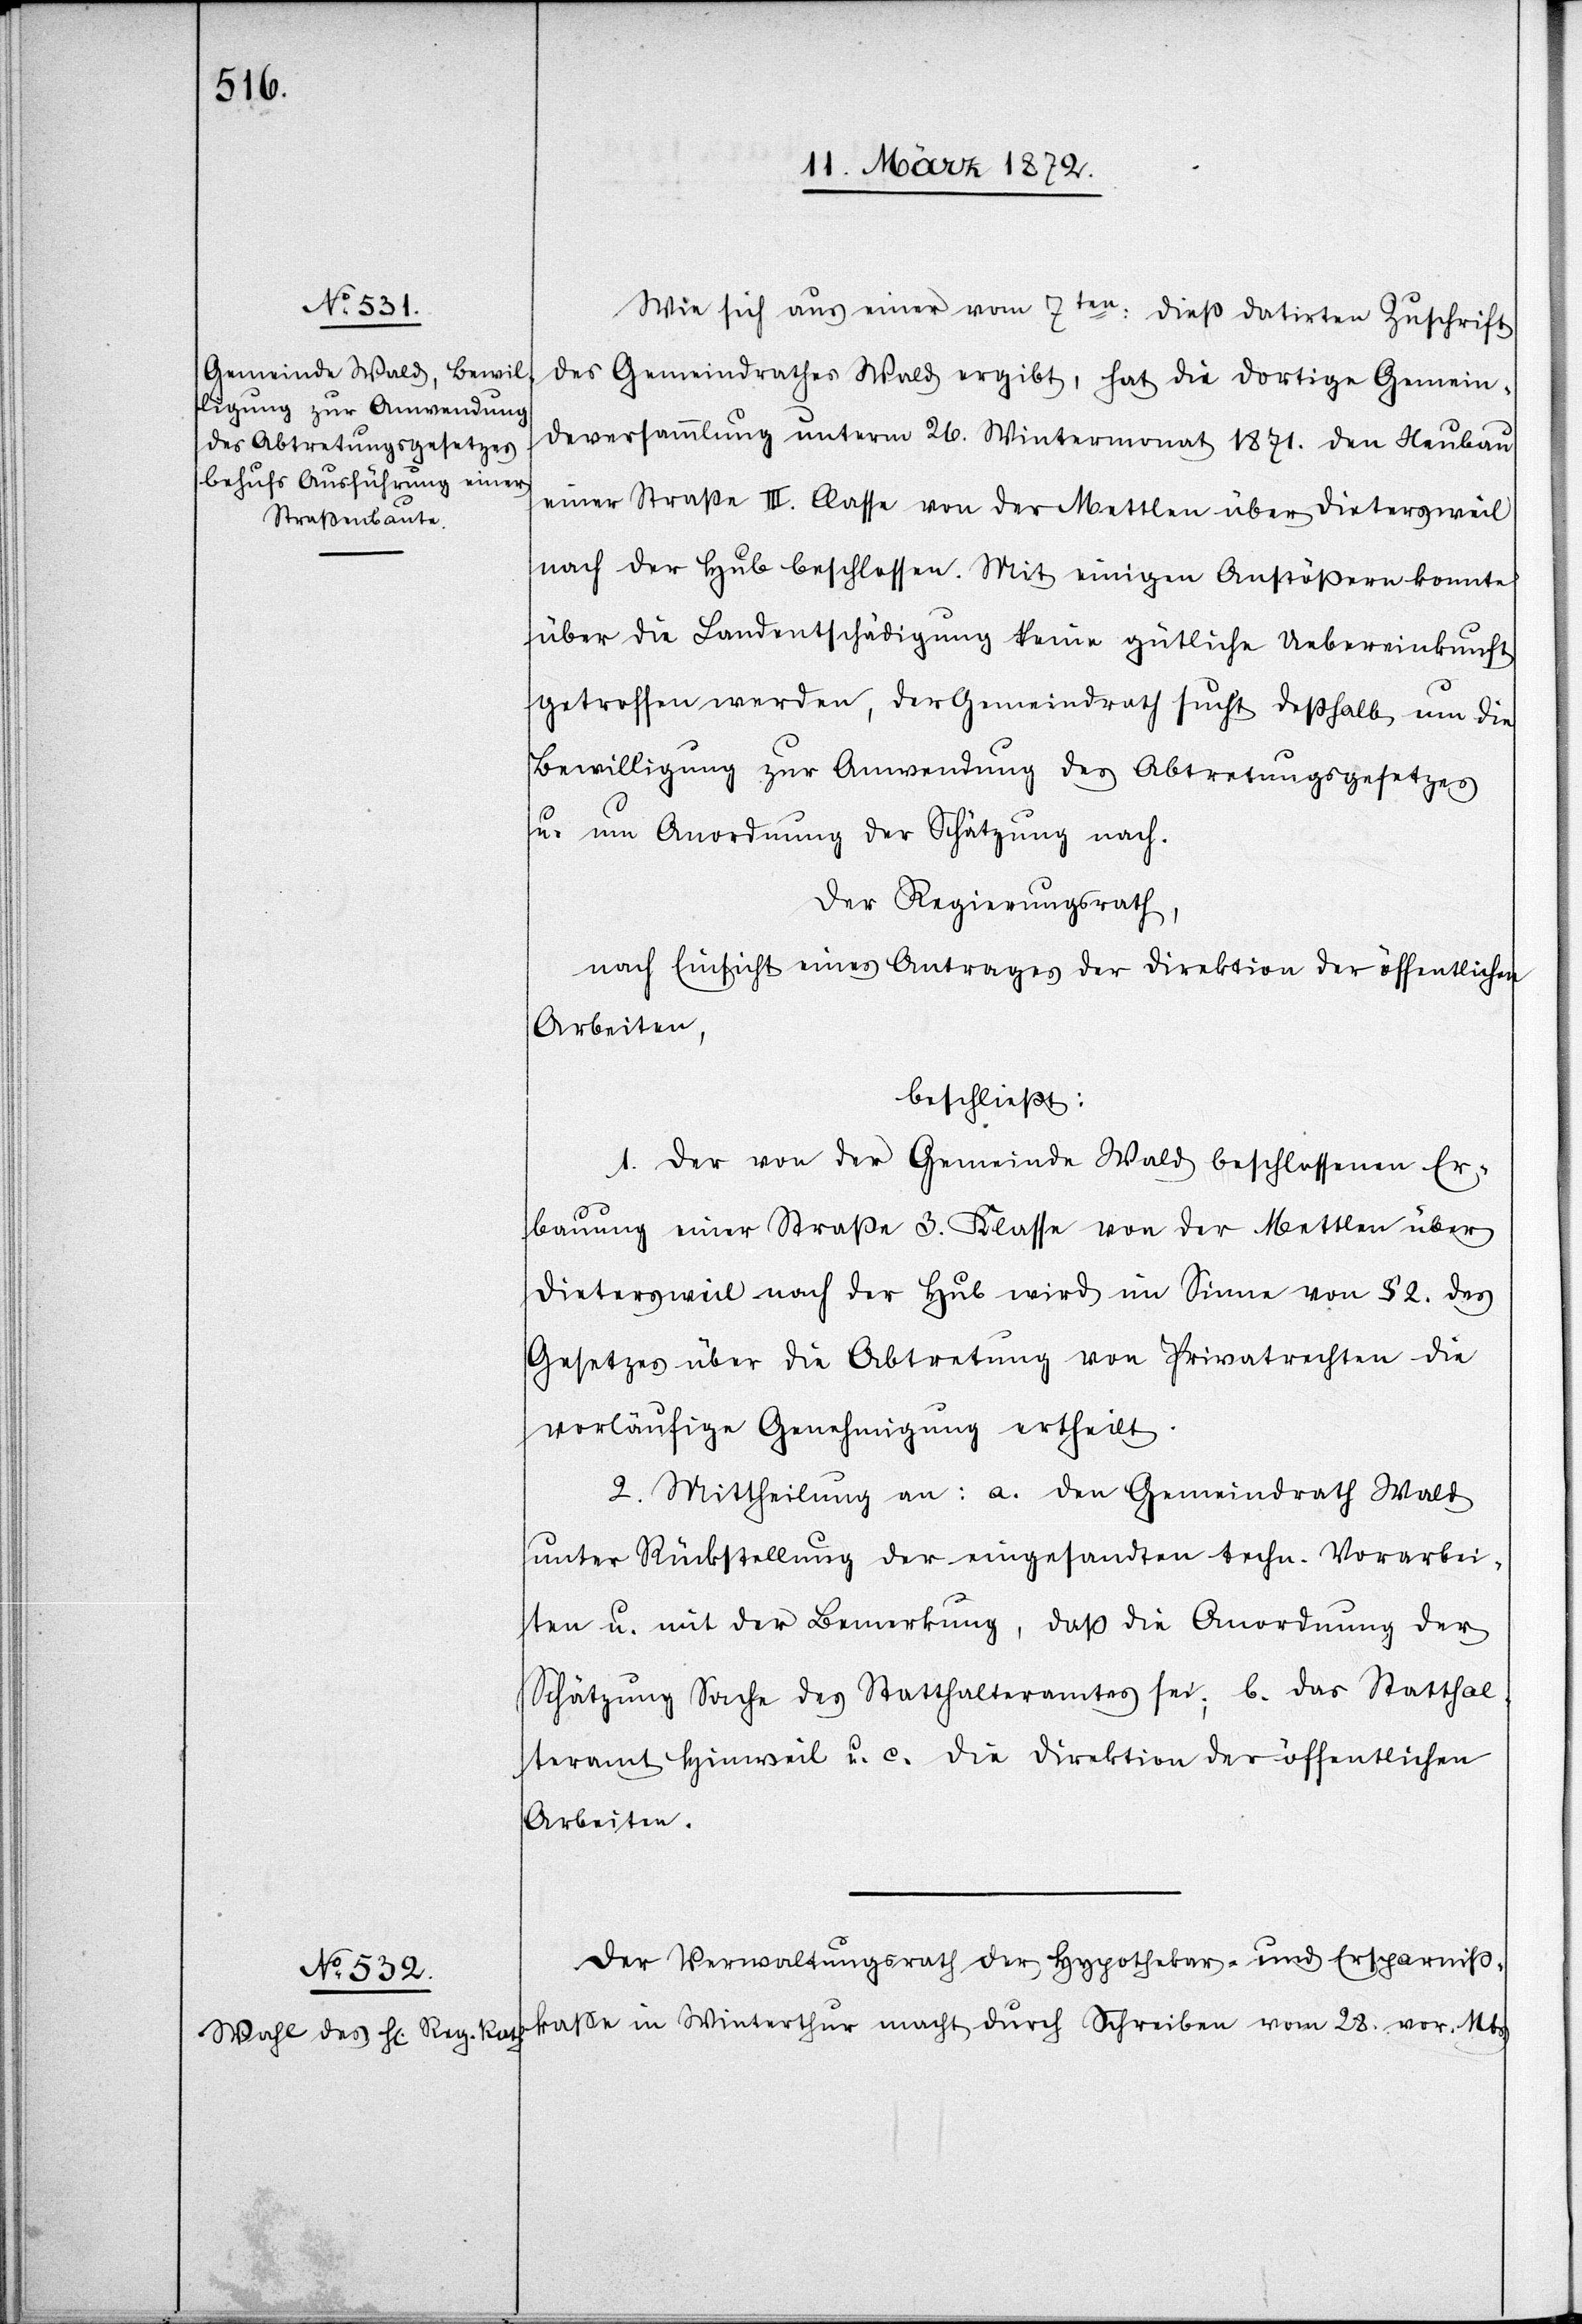
Wie sich aus einer vom 7ten: dieß datirten Zuschrift
des Gemeindrathes Wald ergibt, hat die dortige Gemein¬
deversammlung unterm 26. Wintermonat 1871. den Neubau
einer Straße III. Classe von der Mettlen über Dietersweil
nach der Hub beschlossen. Mit einigen Anstößern konnte
über die Landentschädigung keine gütliche Uebereinkunft
getroffen werden, der Gemeindrath sucht deßhalb um die
Bewilligung zur Anwendung des Abtretungsgesetzes
u. um Anordnung der Schätzung nach.
Der Regierungsrath,
nach Einsicht eines Antrages der Direktion der öffentlichen
Arbeiten,
beschließt:
1. Der von der Gemeinde Wald beschlossenen Er¬
bauung einer Straße 3. Klasse von der Mettlen über
Dietersweil nach der Hub wird im Sinne von § 2. des
Gesetzes über die Abtretung von Privatrechten die
vorläufige Genehmigung ertheilt.
2. Mittheilung an: a. den Gemeindrath Wald
unter Rückstellung der eingesandten tech. Vorarbei¬
ten u. mit der Bemerkung, daß die Anordnung der
Schätzung Sache des Statthalteramtes sei; b. das Statthal¬
teramt Hinweil u. c. die Direktion der öffentlichen
Arbeiten.
Der Verwaltungsrath der Hypothekar- und Ersparniß¬
kasse in Winterthur macht durch Schreiben vom 28. vor. Mts.